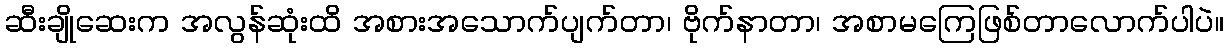
ဆီးချိုဆေးက အလွန်ဆုံးထိ အစားအသောက်ပျက်တာ၊ ဗိုက်နာတာ၊ အစာမကြေဖြစ်တာလောက်ပါပဲ။